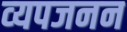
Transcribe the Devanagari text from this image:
व्‍यपजनन